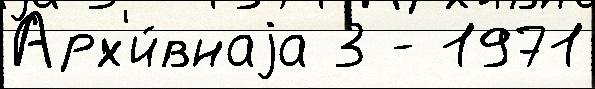
Арх'и́внаjа 3 - 1971